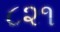
૮૨૧